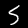
Label: 5